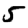
Digit: 5